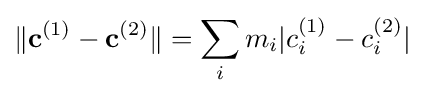
\|\mathbf {c} ^{(1)}-\mathbf {c} ^{(2)}\|=\sum _{i}m_{i}|c_{i}^{(1)}-{c}_{i}^{(2)}|